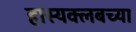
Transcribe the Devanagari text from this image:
हास्यक्लबच्या